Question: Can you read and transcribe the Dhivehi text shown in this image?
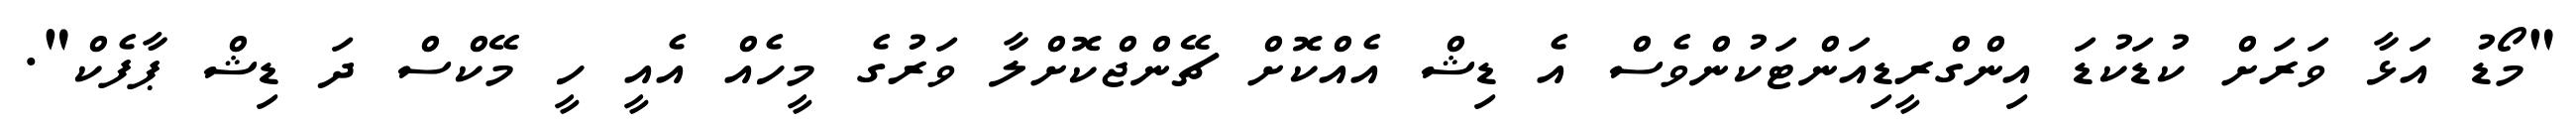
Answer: "މޯޑު އަޅާ ވަރަށް ކުޑަކުޑަ އިންގްރީޑިއަންޓަކުންވެސް އެ ޑިޝް އެއްކޮށް ޗޭންޖްކޮށްލާ ވަރުގެ މީހެއް އެއީ ހީ މޭކްސް ދަ ޑިޝް ޕާފެކް".